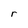
Character: r